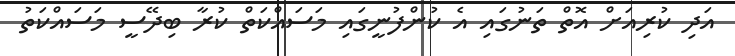
އަދި ކުރިއަށް އޮތް ތަނުގައި އެ ކުންފުނީގައި މަސައްކަތް ކުރާ ބިދޭސީ މަސައްކަތު